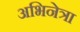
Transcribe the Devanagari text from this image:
अभिनेत्रा